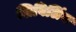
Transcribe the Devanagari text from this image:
शिविलिंग